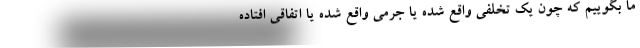
ما بگوییم که چون یک تخلفی واقع شده یا جرمی واقع شده یا اتفاقی افتاده